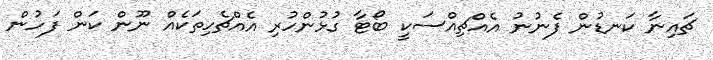
ޗައިނާ ކަނޑުން ފެނުނު އެއްޗިއްސަކީ ބޯޓާ ގުޅުންހުރި އެއްޗެހިތަކެއް ނޫން ކަން ފަހުން